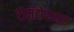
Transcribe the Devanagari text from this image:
टोमॅटोपासून